Leaving Certificate Examination (including Day School Certificate (Higher) General paper), 1939
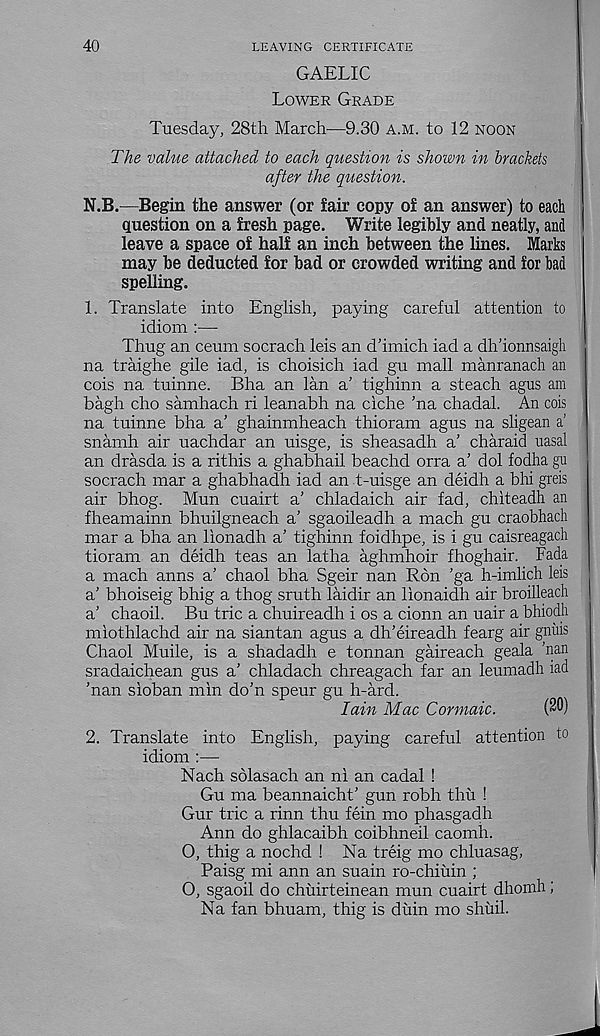
40
LEAVING CERTIFICATE
GAELIC
Lower Grade
Tuesday, 28th March—9.30 A.M. to 12 noon
The value attached to each question is shown in brackets
after the question.
N.B.—Begin the answer (or fair copy of an answer) to each
question on a fresh page. Write legibly and neatly, and
leave a space of half an inch between the lines. Marks
may be deducted for bad or crowded writing and for bad
spelling.
1. Translate into English, paying careful attention to
idiom :•—•
Thug an ceum socrach leis an d'imich iad a dh’ionnsaigli
na traighe gile iad, is choisich iad gu mall manranach an
cois na tuinne. Bha an lan a' tighinn a steach agus am
bagh cho samhach ri leanabh na ciche ’na chadal. An cois
na tuinne bha a’ ghainmheach thioram agus na sligean a’
snamh air uachdar an uisge, is sheasadh a’ charaid nasal
an drasda is a rithis a ghabhail beachd orra a’ dol fodha gu
socrach mar a ghabhadh iad an t-uisge an deidh a bhi greis
air bhog. Mun cuairt a’ chladaich air fad, chiteadh an
fheamainn bhuilgneach a’ sgaoileadh a mach gu craobhach
mar a bha an lionadh a’ tighinn foidhpe, is i gu caisreagach
tioram an deidh teas an latha aghmhoir fhoghair. Fada
a mach anns a’ chaol bha Sgeir nan Ron ’ga h-imlich leis
a’ bhoiseig bhig a thog sruth laidir an lionaidh air broilleach
a’ chaoil. Bu trie a chuireadh i os a cionn an uair a bhiodh
miothlachd air na siantan agus a dh’eireadh fearg air gnius
Chaol Muile, is a shadadh e tonnan gaireach geala 'nan
sradaichean gus a’ chladach chreagach far an leumadh iad
’nan sioban min do’n speur gu h-ard.
Iain Mac Cormaic.
(20)
2. Translate into English, paying careful attention to
idiom :—
Nach sblasach an ni an cadal !
Gu ma beannaicht’ gun robh thu !
Gur trie a rinn thu fein mo phasgadh
Ann do ghlacaibh coibhneil caomh.
0, thig a nochd ! Na treig mo chluasag,
Paisg mi ann an suain ro-chitiin ;
O, sgaoil do chuirteinean mun cuairt dhomh;
Na fan bhuam, thig is duin mo shuil.